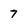
Character: 7